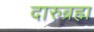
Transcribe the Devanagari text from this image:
दारुब्रह्म